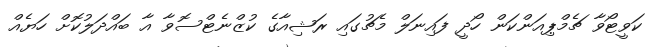
ކަވީޓޯވާ ޗެމްޕިއަންކަން ހޯދީ ފައިނަލް މެޗުގައި ރަޝިއާގެ ކުޒްނެޓްސޮވާ އާ ބައްދަލުކޮށް ހަޔެއް